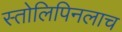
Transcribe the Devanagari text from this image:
स्तोलिपिनलाच